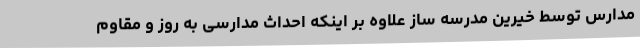
مدارس توسط خیرین مدرسه ساز علاوه بر اینکه احداث مدارسی به روز و مقاوم